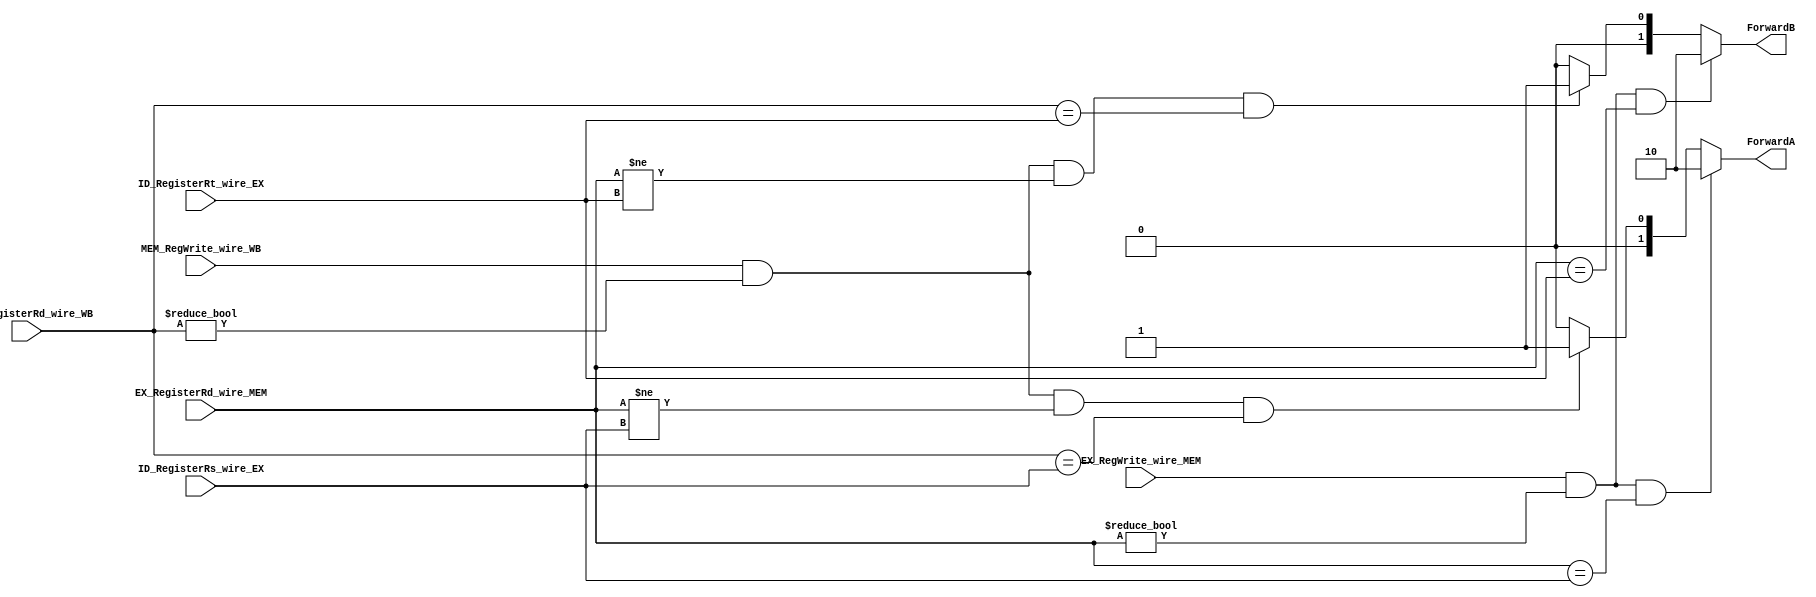

module ForwardUnit
#(
	parameter N=5
)
(
	input EX_RegWrite_wire_MEM,
	input MEM_RegWrite_wire_WB,
	input [N-1:0] EX_RegisterRd_wire_MEM,
	input [N-1:0] ID_RegisterRs_wire_EX,
	input [N-1:0] ID_RegisterRt_wire_EX,
	input [N-1:0] MEM_RegisterRd_wire_WB,
	
	output reg [1:0] ForwardA,
	output reg [1:0] ForwardB
);

	always@(EX_RegWrite_wire_MEM,
			MEM_RegWrite_wire_WB,
			EX_RegisterRd_wire_MEM,
			ID_RegisterRs_wire_EX,
			ID_RegisterRt_wire_EX,
			MEM_RegisterRd_wire_WB)begin
			
		if(EX_RegWrite_wire_MEM &&
		EX_RegisterRd_wire_MEM != 0 &&
		EX_RegisterRd_wire_MEM == ID_RegisterRs_wire_EX)
			ForwardA = 2'b10; 
		else
			if(MEM_RegWrite_wire_WB &&
			MEM_RegisterRd_wire_WB != 0 &&
			EX_RegisterRd_wire_MEM != ID_RegisterRs_wire_EX &&
			MEM_RegisterRd_wire_WB == ID_RegisterRs_wire_EX)
				ForwardA = 2'b01; 
			else
				ForwardA = 2'b00; 
		if(EX_RegWrite_wire_MEM &&
		EX_RegisterRd_wire_MEM != 0 &&
		EX_RegisterRd_wire_MEM == ID_RegisterRt_wire_EX)
			ForwardB = 2'b10; 
		else
			if(MEM_RegWrite_wire_WB &&
			MEM_RegisterRd_wire_WB != 0 &&
			EX_RegisterRd_wire_MEM != ID_RegisterRt_wire_EX &&
			MEM_RegisterRd_wire_WB == ID_RegisterRt_wire_EX)
				ForwardB = 2'b01;
			else
				ForwardB = 2'b00;
			
	end


endmodule